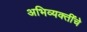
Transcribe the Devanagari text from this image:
अभिव्यक्तींचे